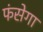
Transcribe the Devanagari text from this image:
फंसेगा